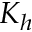
K _ { h }